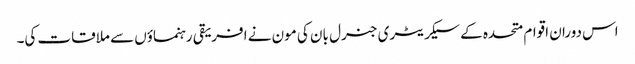
اس دوران اقوام متحدہ کے سیکریٹری جنرل بان کی مون نے افریقی رہنماؤں سے ملاقات کی۔